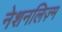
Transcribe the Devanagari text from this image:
नेशनलिज़्म